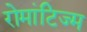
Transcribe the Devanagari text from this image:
रोमांटिज्म